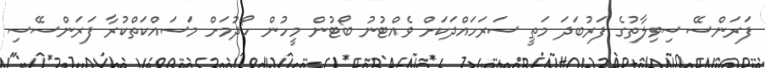
ފަރަންސޭސިވިލާތުގެ ފަރުބަދަ މަތީ ސަރަހައްދަކަށް ވެއްޓުނު ބޯޓުން މީހުން ހޯދުމަށް މަސައްކަތްކުރާ ފަރަންސޭސި